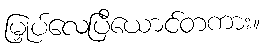
မြှုပ်လေပြီယောင်တကား။